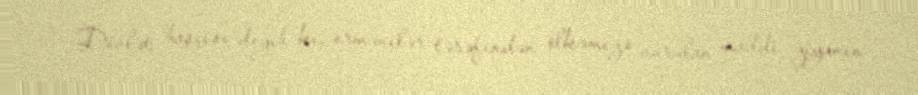
Dövlət başçısı deyib ki, ermənilər tərəfindən ölkəmizə vurulan maddi ziyanın